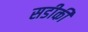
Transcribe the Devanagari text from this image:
सडीकी